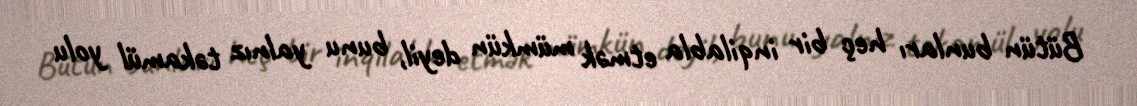
Bütün bunları heç bir inqilabla etmək mümkün deyil, bunu yalnız təkamül yolu